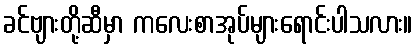
ခင်ဗျားတို့ဆီမှာ ကလေးစာအုပ်များရောင်းပါသလား။